Report of the Municipal Commissioner on the plague in Bombay for the year ending 31st May... - Volume 2
Disease focus: Plague
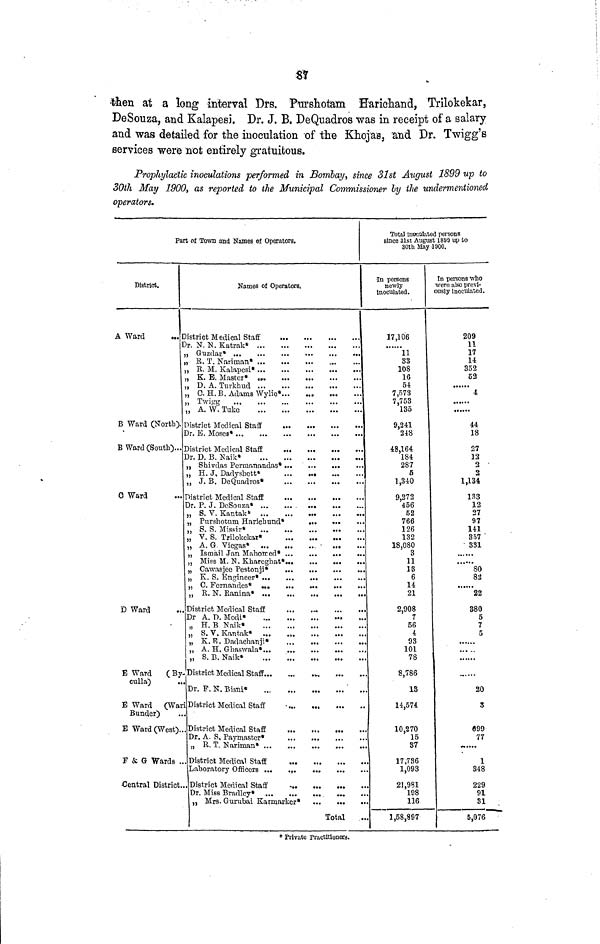
87
then at a long interval Drs. Purshotam Earichand, Trilokekar,
DeSouza, and Kalapesi. Dr. J. B, DeQuadros was in receipt of a salary
and was detailed for the inoculation of the Khojas, and Dr. Twigg's
services were not entirely gratuitous.
Prophylactic inoculations performed in Bombay since 31st August 1899 up to
30th May 1900., as reported to the Municipal Commissioner by the undermentioned
operators.
Part of Town and Names of Operators.
District.
A Ward
B Ward (North).
B Ward (South)...
0 Ward
D Ward
E Ward
(B
culla)
E Ward
(War
Bunder)
E Ward (West)..
F & G Wards .
Central District.
Names of Operators,
Dr. N N Katrak
...
E. T Nariman
K. E. Master
...
D. A. Turkhud
, A. W. Tuke
Dr. D B Naik
.
District Medical Staff
...
...
...
„ Purshotum Haricbund
Y. S. Trilokekar
„ H B Naik
„ S. V. Kantak
...
„ S. B. Naik
' Dr. P. N. Bisni
.
Dr. A. S, Paymaster
„ B. T. Nariman
. District Medical Staff
Dr. Miss Bradley
...
„ Mrs. Gurubai Karmarker
Total
Total inoculated persons
since 31st August 1880 up to
30th May '1900.
•In persons
newly
inoculated.
17,106
11
33
108
16
54
7,573
7,753
135
9,241
248
48,164
184
287
5
1,340
9,272
456
52
766
126
132
18,080
11
13
14
21
2,908
56
93
101
78
8,786
13
14,574
10,270
15
37
17,736
1,093
21,981
198
116
1,58,897
In persons who
were also previ-
ously inoculated.
209
11
17
14
352
52
4
44
18
27
12
2
2
1,134
133
12
27
97
141
357
331
80
82
22
380
20
3
099
77
1
948
229
91
31
6,076
Private practitioners.